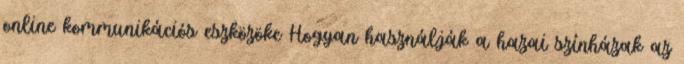
online kommunikációs eszközöke Hogyan használják a hazai színházak az